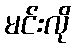
မင်းလို